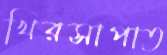
খিরসাপাত